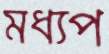
মধ্যপ